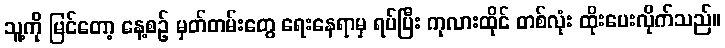
သူ့ကို မြင်တော့ နေ့စဉ် မှတ်တမ်းတွေ ရေးနေရာမှ ရပ်ပြီး ကုလားထိုင် တစ်လုံး ထိုးပေးလိုက်သည်။